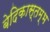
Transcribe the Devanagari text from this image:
बेदिकास्तम्भ